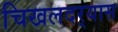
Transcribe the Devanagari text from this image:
चिखलदर्‍यास